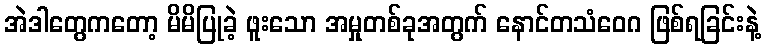
အဲဒါတွေကတော့ မိမိပြုခဲ့ ဖူးသော အမှုတစ်ခုအတွက် နောင်တသံဝေဂ ဖြစ်ရခြင်းနဲ့